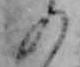
の